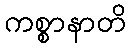
ကစ္စာနာတိ